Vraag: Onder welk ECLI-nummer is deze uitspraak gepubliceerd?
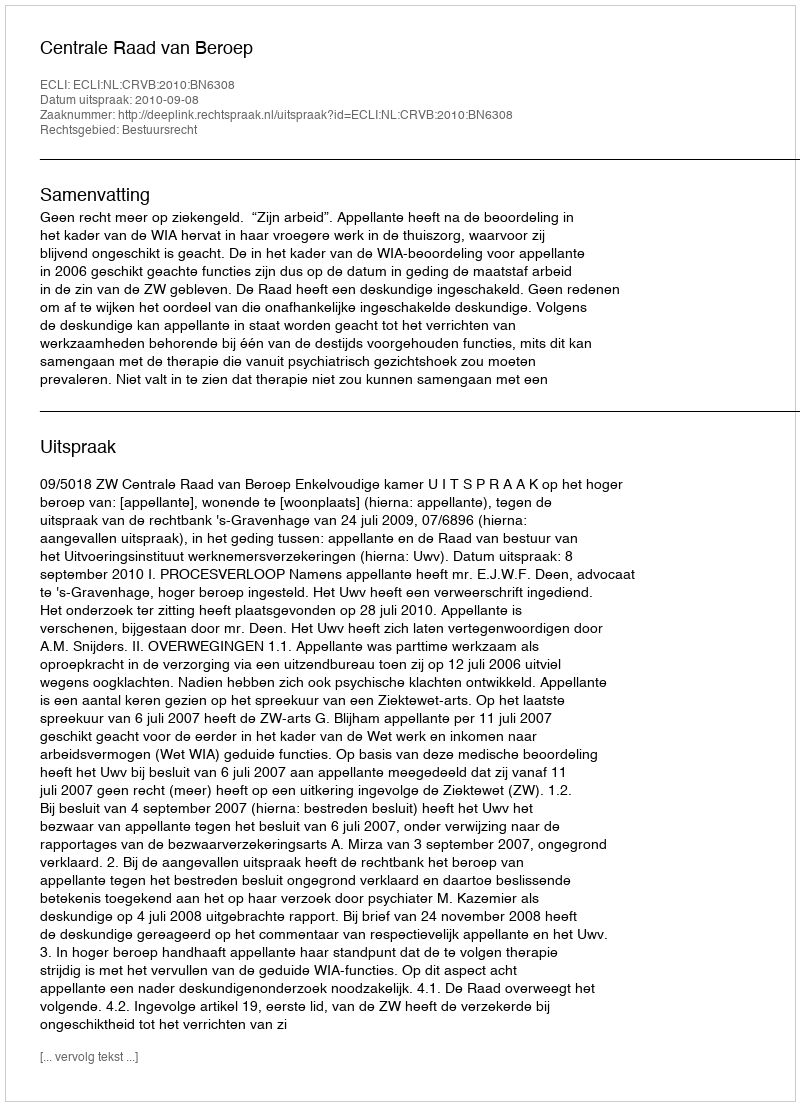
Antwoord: ECLI:NL:CRVB:2010:BN6308